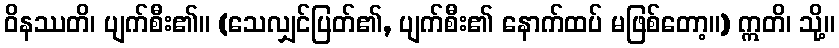
ဝိနဿတိ၊ ပျက်စီး၏။ (သေလျှင်ပြတ်၏, ပျက်စီး၏ နောက်ထပ် မဖြစ်တော့။) ဣတိ၊ သို့။